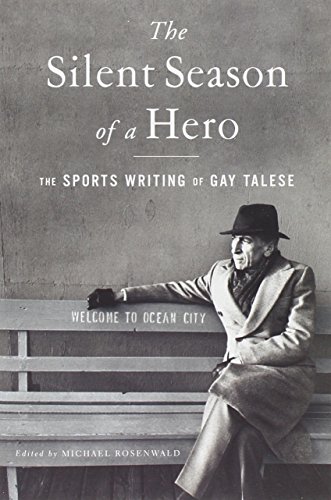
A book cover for The Silent Season of a Hero: The Sports Writing of Gay Talese; Gay Talese; Sports & Outdoors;